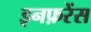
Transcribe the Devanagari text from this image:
इनफ़रेंस